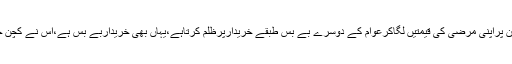
پھریہی اشیاء منڈیوں سے دکانوں پرآتی ہیں جہاں پھرایک دفعہ دکانداراشیاء کواپنی مرضی سے پیک کرکے ان پراپنی مرضی کی قیمتیں لگاکرعوام کے دوسرے بے بس طبقے خریدارپرظلم کرتاہے،یہاں بھی خریداربے بس ہے،اس نے کچن چلاناہے لہذا،آٹا،چاول،گھی،چینی اورپھلوں سمیت دیگراشیادکانداروں کے مرضی کے ریٹ پرخریدناپڑتی ہیں۔